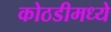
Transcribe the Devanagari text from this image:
कोठडीमध्ये